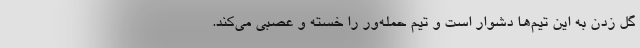
گل زدن به این تیم‌ها دشوار است و تیم حمله‌ور را خسته و عصبی می‌کند.